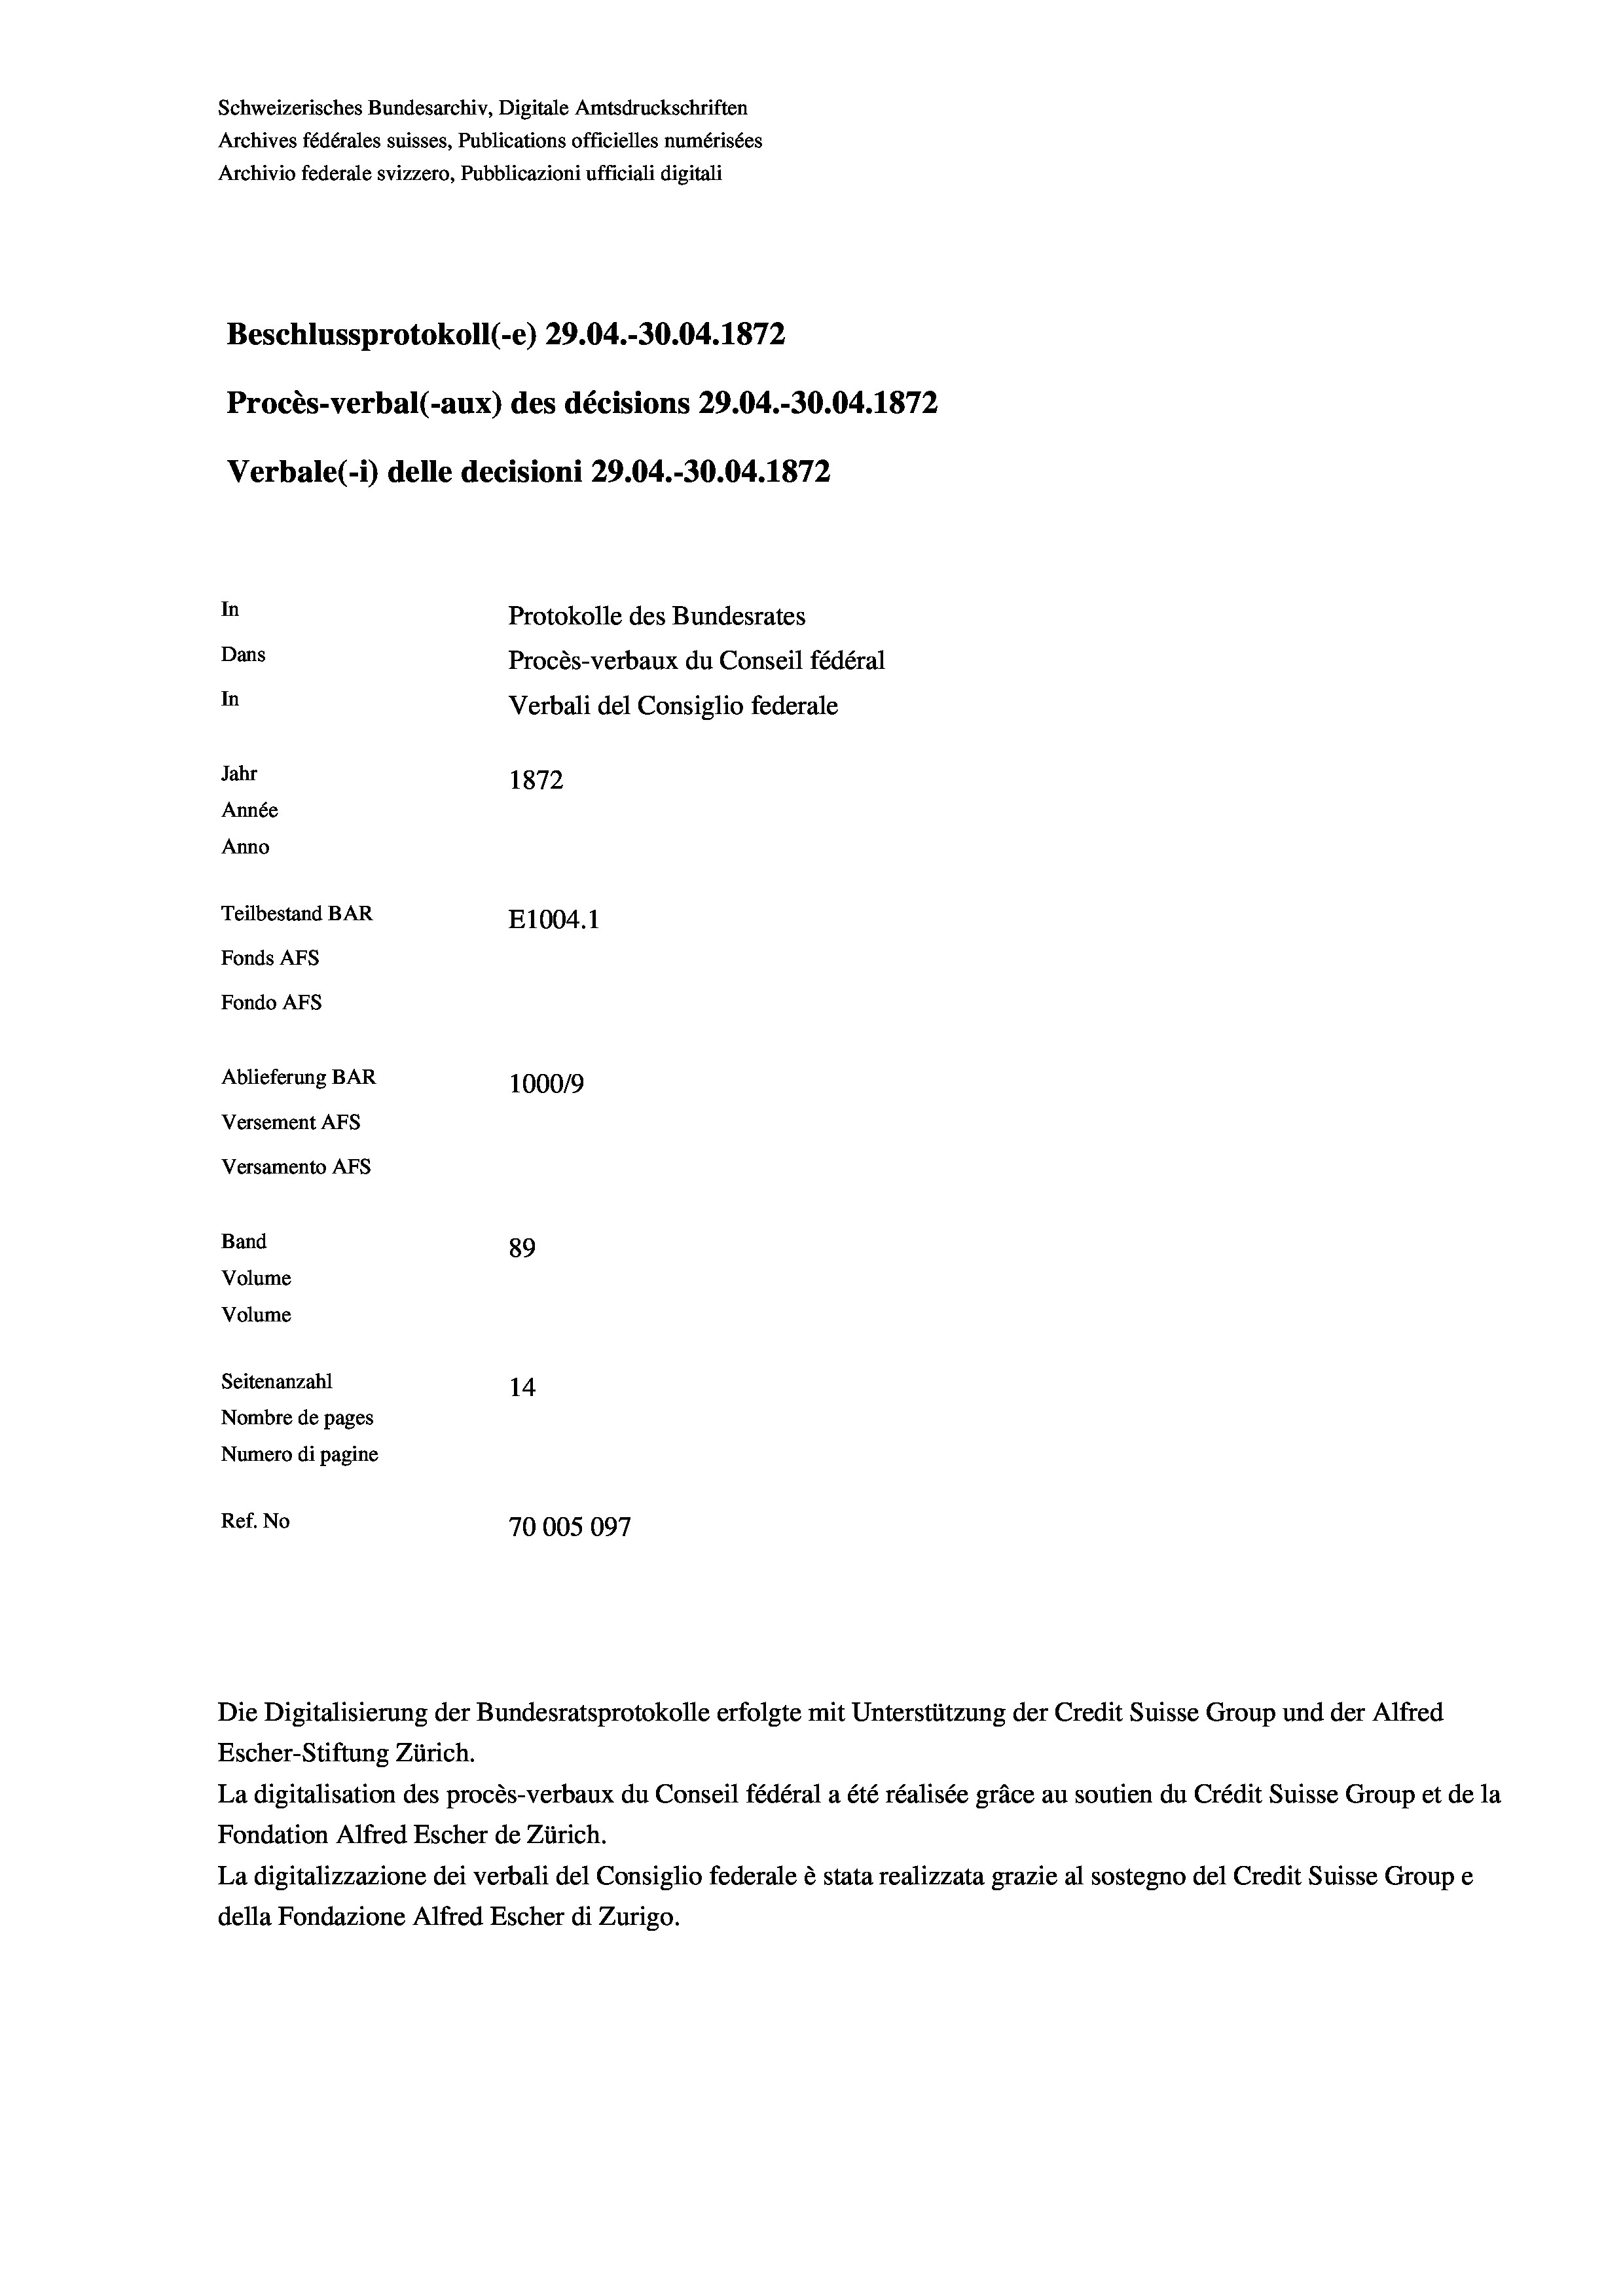
Schweizerisches Bundesarchiv, Digitale Amtsdruckschriften
Archives fédérales suisses, Publications officielles numérisées
Archivio federale svizzero, Pubblicazioni ufficiali digitali
Beschlussprotokoll (-e) 29.04.-30.04. 1872
Procès-verbal (-aux) des décisions 29.04.-30.04. 1872
Verbale (- 1) delle decisioni 29.04.-30.04. 1872
In
Protokolle des Bundesrates
Dans
Procès-verbaux du Conseil fédéral
In
Verbali del Consiglio federale
Jahr
1872
Année
Anno
Teilbestand BAR
E1004.1
Fonds AFs
Fondo Afs
Ablieferung BAR
100019
Versement AFs
Versamento AFs
Band
89
Volume
Volume
Seitenanzahl
14
Nombre de pages
Numero di pagine
Ref. No
70005097

Die Digitalisierung der Bundesratsprotokolle erfolgte mit Unterstützung der Credit Suisse Group und der Alfred
Escher-Stiftung Zürich.
La digitalisation des procès-verbaux du Conseil fédéral a été réalisée gräce au soutien du Crédit Suisse Group et de la
Fondation Alfred Escher de Zürich.
La digitalizzazione dei verbali del Consiglio federale è stata realizzata grazie al sostegno del Credit Suisse Groupe
della Fondazione Alfred Escher di Zurigo.